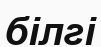
білгі